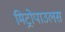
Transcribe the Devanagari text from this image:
मिट्रोपाउलस